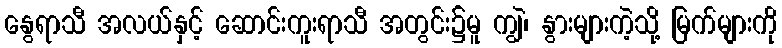
နွေရာသီ အလယ်နှင့် ဆောင်းကူးရာသီ အတွင်း၌မူ ကျွဲ၊ နွားများကဲ့သို့ မြက်များကို